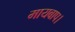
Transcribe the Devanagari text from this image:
मायबाप।